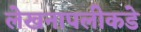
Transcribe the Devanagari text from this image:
लेखनापलीकडे